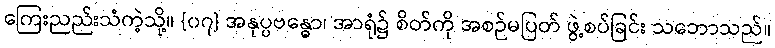
ကြေးညည်းသံကဲ့သို့။ {၀၇} အနုပ္ပဗန္ဓော၊ အာရုံ၌ စိတ်ကို အစဉ်မပြတ် ဖွဲ့စပ်ခြင်း သဘောသည်။